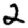
Digit: 2